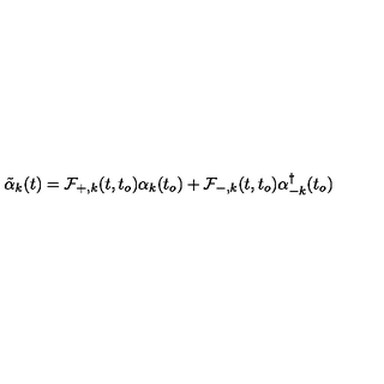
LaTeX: \tilde { \alpha } _ { k } ( t ) = { \cal { F } } _ { + , k } ( t , t _ { o } ) { \alpha } _ { k } ( t _ { o } ) + { \cal { F } } _ { - , k } ( t , t _ { o } ) { \alpha } _ { - k } ^ { \dagger } ( t _ { o } )